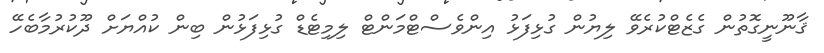
ޤާނޫނީގޮތުން ގެޒެޓްކުރެވޭ ލިޔުން ގުޅިފަޅު އިންވެސްޓްމަންޓް ލިމިޓެޑް ގުޅިފަޅުން ބިން ކުއްޔަށް ދޫކުރުމާބެހޭ